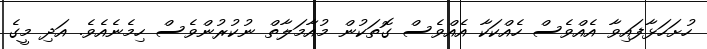
ހުށަހަޅާފައިވާ އެއްވެސް ހެއްކަކާ އެއްވެސް ގޮތަކުން މުއާމަލާތް ނުކުރުންވެސް ހިމެނެއެވެ. އަދި މީގެ